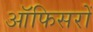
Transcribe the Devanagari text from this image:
ऑफिसरों